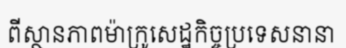
ពីស្ថានភាពម៉ាក្រូសេដ្ឋកិច្ចប្រទេសនានា